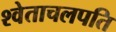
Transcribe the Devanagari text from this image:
श्वेताचलपति